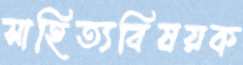
সাহিত্যবিষয়ক